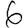
Digit: 6